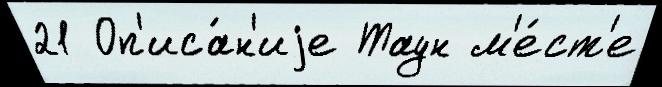
21 Оп'иса́н'иjе Таун м'е́ст'е